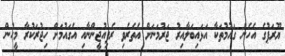
ޔޫރަޕުގެ އެހެން ގައުމުތަކާ އަޅައިބަލާއިރު ޖަރުމަނަށް އެތެރެވި ރެފިއުޖީންނާއި އެގައުމަށް ހިޖުރަކުރާ މީހުން